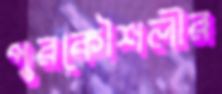
পুরকৌশলীর